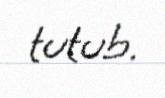
tutub.